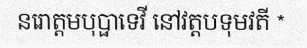
នរោត្តមបុប្ផាទេវី នៅវត្តបទុមវតី *